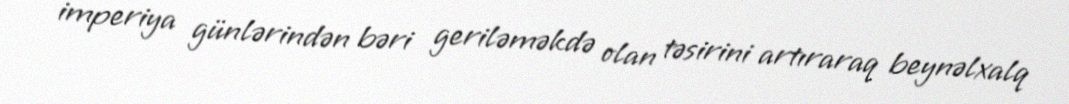
imperiya günlərindən bəri geriləməkdə olan təsirini artıraraq beynəlxalq